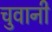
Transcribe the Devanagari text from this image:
चुवानी